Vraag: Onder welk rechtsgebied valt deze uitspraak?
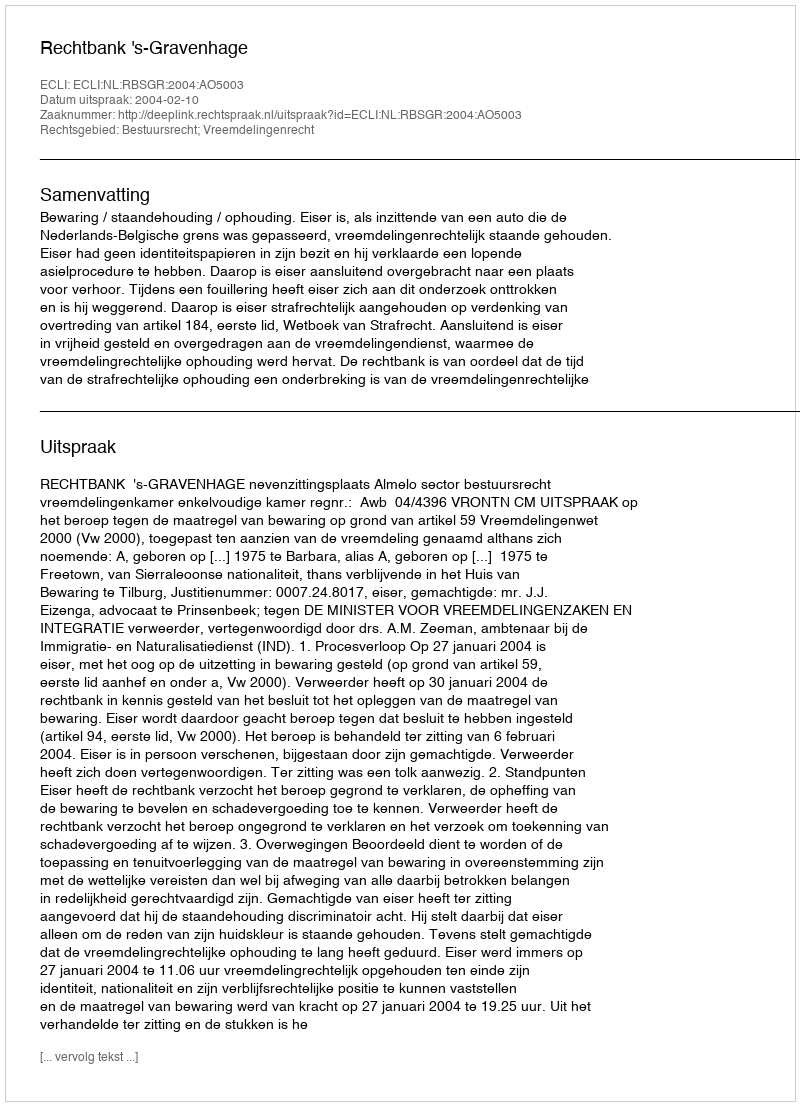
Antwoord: Bestuursrecht; Vreemdelingenrecht